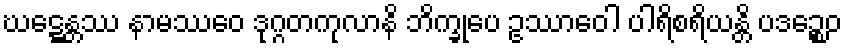
ဃဋ္ဋေန္တဿ နာမဿေဝ ဒုဂ္ဂတကုလာနိ ဘိက္ခုပေ ဥဿာဝေါ ပါရိစရိယန္တိ ပဒဉ္စေဝ